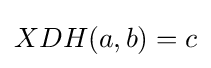
XDH(a,b)=c